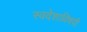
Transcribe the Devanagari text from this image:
स्वदेशाविषयी